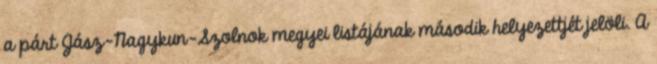
a párt Jász-Nagykun-Szolnok megyei listájának második helyezettjét jelöli. A